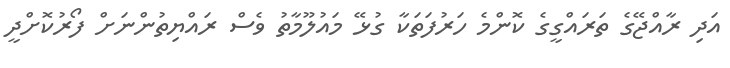
އަދި ރާއްޖޭގެ ތަރައްގީގެ ކޮންމެ ހަރުފަތަކާ ގުޅޭ މައުލޫމާތު ވެސް ރައްޔިތުންނަށް ފޯރުކޮށްދީ